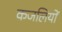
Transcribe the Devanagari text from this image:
कजलियों